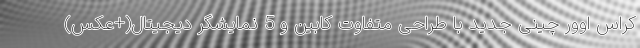
کراس اوور چینی جدید با طراحی متفاوت کابین و 5 نمایشگر دیجیتال(+عکس)